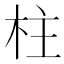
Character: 柱